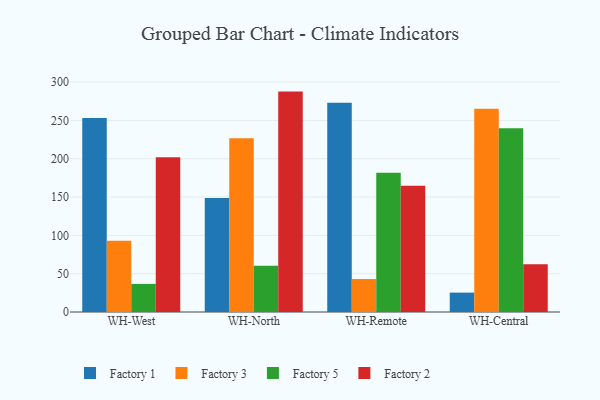
{"axis": {"x": "Warehouse", "y": "Gross Profit (USD K)"}, "legend": ["Factory 1", "Factory 2", "Factory 3", "Factory 5"], "data": [{"x": "WH-West", "y": 253.0, "type": "Factory 1"}, {"x": "WH-West", "y": 93.1, "type": "Factory 3"}, {"x": "WH-West", "y": 36.7, "type": "Factory 5"}, {"x": "WH-West", "y": 201.9, "type": "Factory 2"}, {"x": "WH-North", "y": 148.8, "type": "Factory 1"}, {"x": "WH-North", "y": 226.7, "type": "Factory 3"}, {"x": "WH-North", "y": 60.4, "type": "Factory 5"}, {"x": "WH-North", "y": 287.6, "type": "Factory 2"}, {"x": "WH-Remote", "y": 273.0, "type": "Factory 1"}, {"x": "WH-Remote", "y": 43.0, "type": "Factory 3"}, {"x": "WH-Remote", "y": 181.8, "type": "Factory 5"}, {"x": "WH-Remote", "y": 164.8, "type": "Factory 2"}, {"x": "WH-Central", "y": 25.3, "type": "Factory 1"}, {"x": "WH-Central", "y": 265.2, "type": "Factory 3"}, {"x": "WH-Central", "y": 239.7, "type": "Factory 5"}, {"x": "WH-Central", "y": 62.3, "type": "Factory 2"}]}